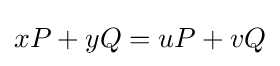
xP+yQ=uP+vQ